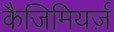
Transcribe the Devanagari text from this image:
कैजिमियर्ज़